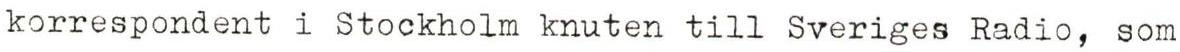
korrespondent i Stockholm knuten till Sveriges Radio, som